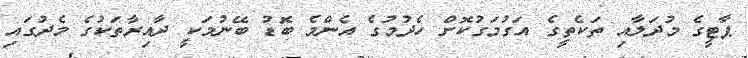
ޕާޓީގެ މުދަލާއި ތަކެތީގެ އަގުމަގުކޮށް ހެދުމުގެ އެންމެ ބޮޑު ބޭނުމަކީ ދާއިރާތަކުގެ މެދުގައި